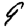
Digit: 9